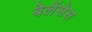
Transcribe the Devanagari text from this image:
बेलेंसेस